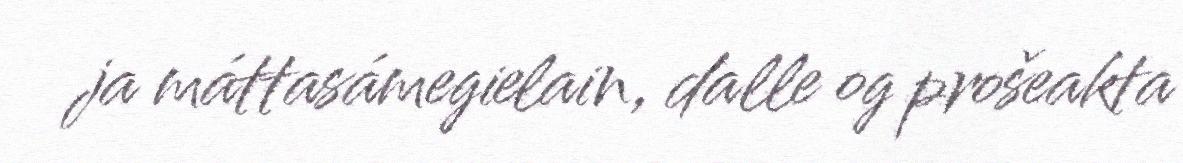
ja máttasámegielain, dalle og prošeakta